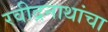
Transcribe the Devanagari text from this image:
रवीद्रनाथांचा